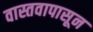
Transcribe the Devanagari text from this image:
वास्तवापासून